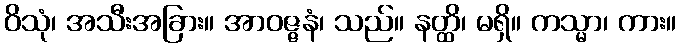
ဝိသုံ၊ အသီးအခြား။ အာဝဇ္ဇနံ၊ သည်။ နတ္ထိ၊ မရှိ။ ကသ္မာ၊ ကား။